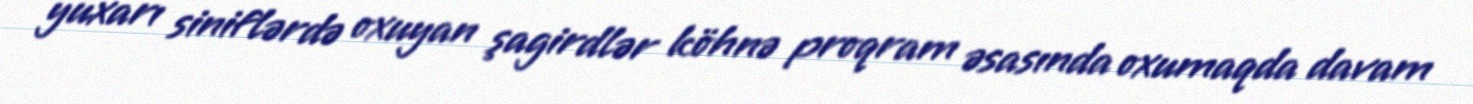
yuxarı siniflərdə oxuyan şagirdlər köhnə proqram əsasında oxumaqda davam